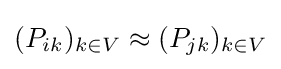
(P_{ik})_{k\in V}\approx (P_{jk})_{k\in V}